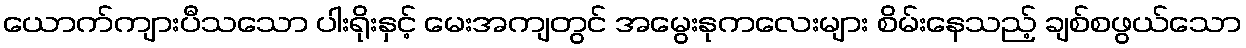
ယောက်ကျားပီသသော ပါးရိုးနှင့် မေးအကျတွင် အမွေးနုကလေးများ စိမ်းနေသည့် ချစ်စဖွယ်သော